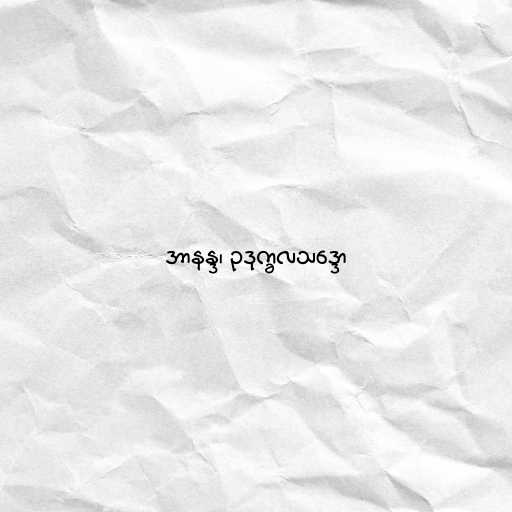
အာနန္ဒ၊ ဥဒုက္ခလသဒ္ဒော